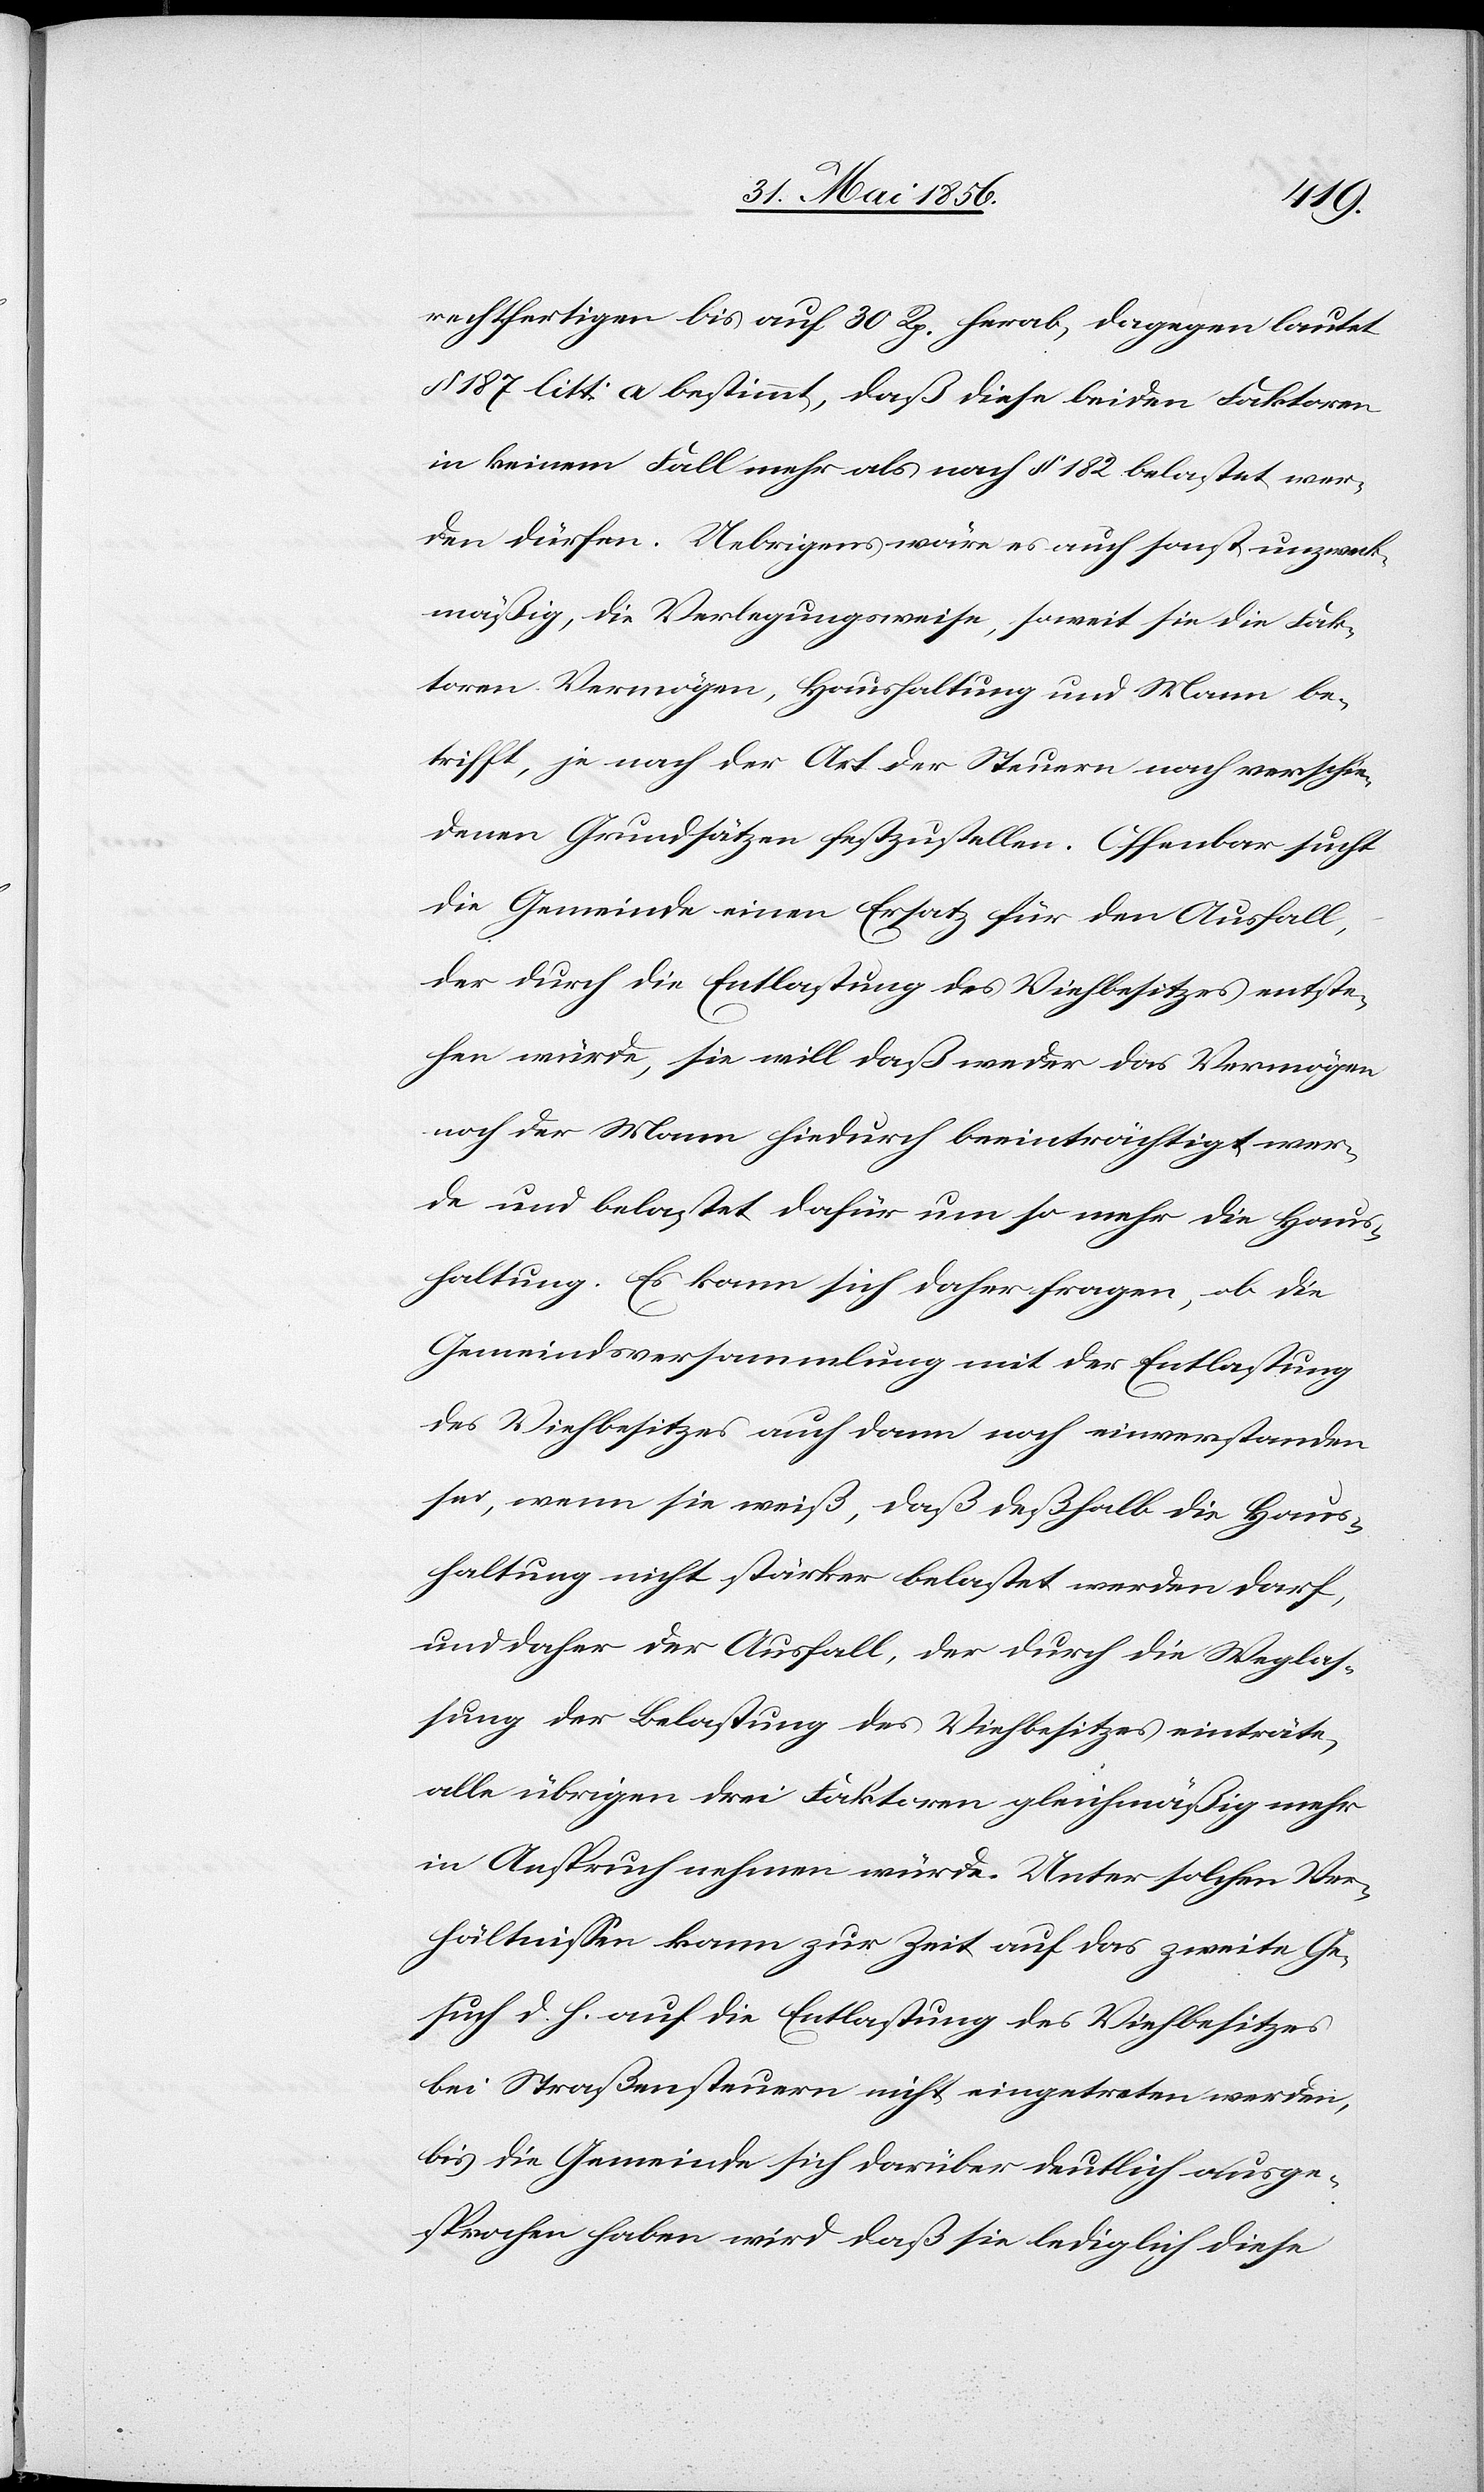
rechtfertigen bis auf 30 Rp. herab, dagegen lautet
§ 187 litt: a bestimmt, daß diese beiden Faktoren
in keinem Fall mehr als nach § 182 belastet wer¬
den dürfen. Uebrigens wäre es auch sonst unzweck¬
mäßig, die Verlegungsweise, soweit sie die Fak¬
toren Vermögen, Haushaltung und Mann be¬
trifft, je nach der Art der Steuern nach verschie¬
denen Grundsätzen festzustellen. Offenbar sucht
die Gemeinde einen Ersatz für den Ausfall,
der durch die Entlastung des Viehbesitzes entste¬
hen würde, sie will daß weder das Vermögen
noch der Mann hiedurch beeinträchtigt wer¬
de und belastet dafür um so mehr die Haus¬
haltung. Es kann sich daher fragen, ob die
Gemeindsversammlung mit der Entlastung
des Viehbesitzes auch dann noch einverstanden
sei, wenn sie weiß, daß deßhalb die Haus¬
haltung nicht stärker belastet werden darf,
und daher der Ausfall, der durch die Weglas¬
sung der Belastung des Viehbesitzes einträte,
alle übrigen drei Faktoren gleichmäßig mehr
in Anspruch nehmen würde. Unter solchen Ver¬
hältnissen kann zur Zeit auf das zweite Ge¬
such d. h. auf die Entlastung des Viehbesitzes
bei Straßensteuern nicht eingetreten werden,
bis die Gemeinde sich darüber deutlich ausge¬
sprochen haben wird daß sie lediglich diese